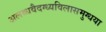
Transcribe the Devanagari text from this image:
अलब्धवैदग्ध्यविलासमुग्धया